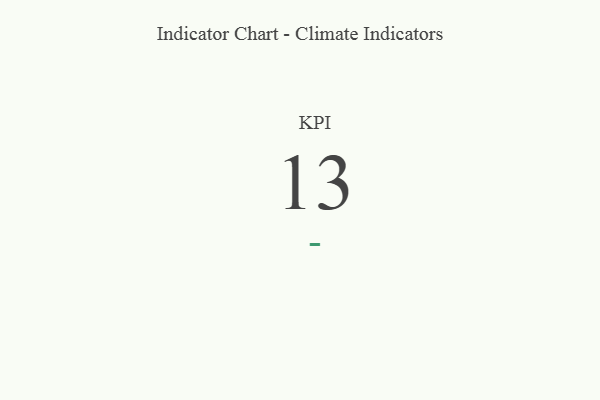
{"axis": {"x": "KPI", "y": "Value"}, "legend": [""], "data": [{"x": "KPI", "y": 13, "type": ""}]}